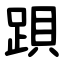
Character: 䟺